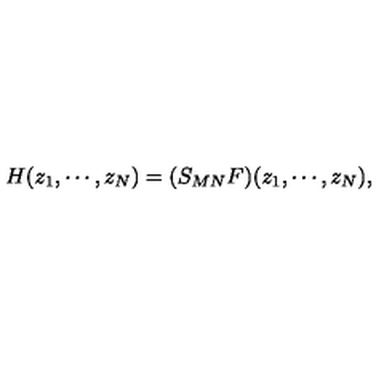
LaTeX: H ( z _ { 1 } , \cdots , z _ { N } ) = ( S _ { M N } F ) ( z _ { 1 } , \cdots , z _ { N } ) ,